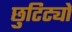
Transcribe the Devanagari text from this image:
छुटिट्यो